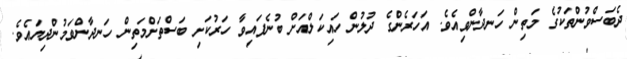
ދެބަސްވުންތަކުގެ މަތިން ހަނދާންވިއެވެ. އަހަރެންގެ ދުލުން ހައިކަލްއަށް ބުނެފައިވާ ހަރުކަށި ބަސްތަށްމަތިން ހަނދާންވަމުންދިޔައެވެ.